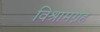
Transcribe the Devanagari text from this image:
विश्रामग्रह